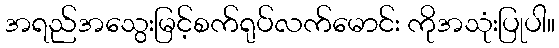
အရည်အသွေးမြင့်စက်ရုပ်လက်မောင်း ကိုအသုံးပြုပါ။